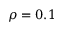
\rho = 0 . 1